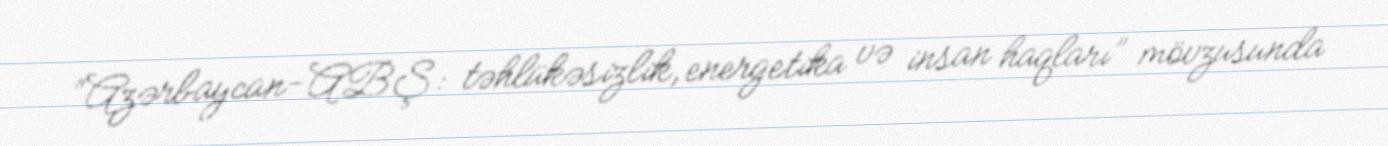
“Azərbaycan-ABŞ: təhlükəsizlik, energetika və insan haqları” mövzusunda